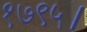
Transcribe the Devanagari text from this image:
१७९५।